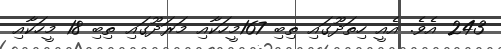
243 އެވެ. އެއީ ހިތަދޫގައި ތިބި 167މީހަކާއި މަރަދޫގައި ތިބި 18 މީހަކާއި